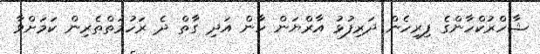
ޝާހްރުކްހާންގެ ފިރިހެން ދަރިފުޅު އާރްޔަން ހާން އަދި ގާތް ދެ ރަހުމަތްތެރިން ކަމަށްވާ